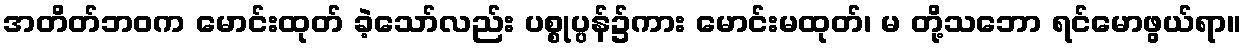
အတိတ်ဘဝက မောင်းထုတ် ခဲ့သော်လည်း ပစ္စုပ္ပန်၌ကား မောင်းမထုတ်၊ မ တို့သဘော ရင်မောဖွယ်ရာ။